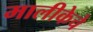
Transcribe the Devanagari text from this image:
मालीकेचे